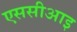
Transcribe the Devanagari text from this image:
एससीआइ